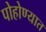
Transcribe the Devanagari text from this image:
पोहोण्यात